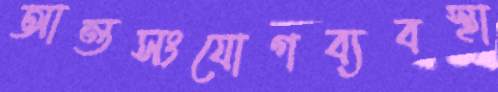
আন্তসংযোগব্যবস্থা